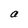
Character: a